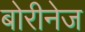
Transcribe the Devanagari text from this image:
बोरीनेज